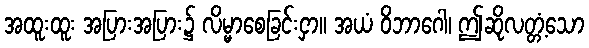
အထူးထူး အပြားအပြား၌ လိမ္မာစေခြင်းငှာ။ အယံ ဝိဘာဂေါ၊ ဤဆိုလတ္တံ့သော